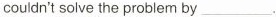
couldn't solve the problem by ___.